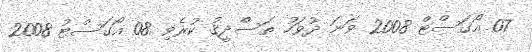
07 އޯގަސްޓް 2008 ވަނަ ދުވަހު ތަސްދީޤު ކުރެވި 08 އޯގަސްޓު 2008